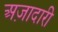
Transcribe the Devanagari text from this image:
अज़ादारी